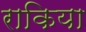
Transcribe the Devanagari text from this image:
राकिया